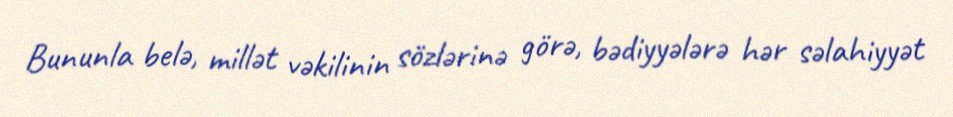
Bununla belə, millət vəkilinin sözlərinə görə, bədiyyələrə hər səlahiyyət